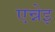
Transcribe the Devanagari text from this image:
एन्नेइ